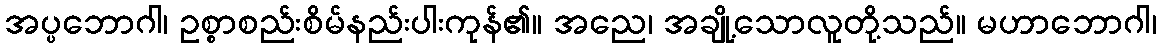
အပ္ပဘောဂါ၊ ဥစ္စာစည်းစိမ်နည်းပါးကုန်၏။ အညေ၊ အချို့သောလူတို့သည်။ မဟာဘောဂါ၊